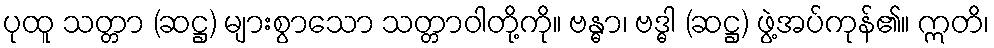
ပုထူ သတ္တာ (ဆဋ္ဌ) များစွာသော သတ္တာဝါတို့ကို။ ဗန္ဓာ၊ ဗဒ္ဓါ (ဆဋ္ဌ) ဖွဲ့အပ်ကုန်၏။ ဣတိ၊